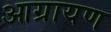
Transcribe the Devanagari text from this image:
आग्रायण